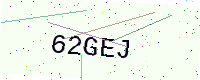
Text: 62GEJ